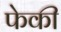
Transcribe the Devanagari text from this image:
फेकी